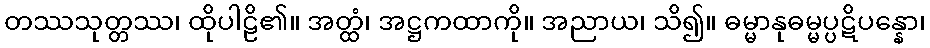
တဿသုတ္တဿ၊ ထိုပါဠိ၏။ အတ္ထံ၊ အဋ္ဌကထာကို။ အညာယ၊ သိ၍။ ဓမ္မာနုဓမ္မပ္ပဋိပန္နော၊